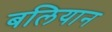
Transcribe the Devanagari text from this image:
बलियान